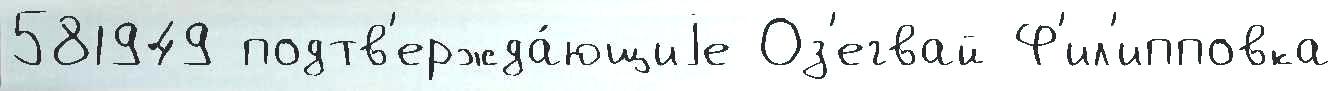
581949 подтв'ержда́ющиjе Оз'егвай Ф'ил'ипповка